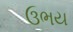
ઉભય